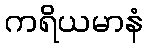
ကရိယမာနံ